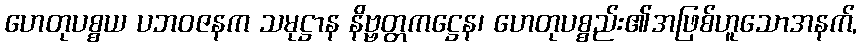
ဟေတုပစ္စယ ပဘဝဇနက သမုဋ္ဌာန နိဗ္ဗတ္တကဋ္ဌေန၊ ဟေတုပစ္စည်း၏အဖြစ်ဟူသောအနက်,